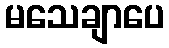
မသေချာပေ